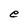
Character: e